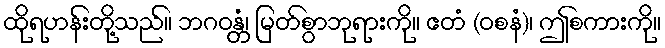
ထိုရဟန်းတို့သည်။ ဘဂဝန္တံ၊ မြတ်စွာဘုရားကို။ ဧတံ (ဝစနံ)၊ ဤစကားကို။